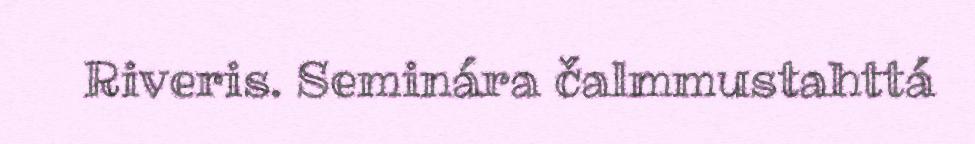
Riveris. Seminára čalmmustahttá